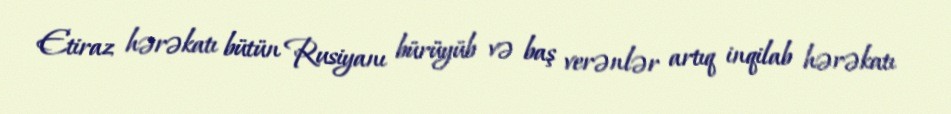
Etiraz hərəkatı bütün Rusiyanı bürüyüb və baş verənlər artıq inqilab hərəkatı